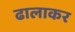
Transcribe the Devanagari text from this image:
ढालाकर